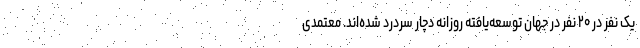
یک نفر در ۲۰ نفر در جهان توسعه‌یافته روزانه دچار سردرد شده‌اند. معتمدی